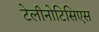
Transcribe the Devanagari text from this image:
टेलीनोटिसिएस